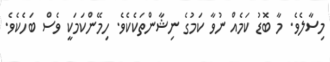
މިސާލެވެ. މާ ބޮޑު ކަމެއް ނުވާ ކަމުގެ ނިޝާންތަކެކެވެ. ހިމޭންކަމަކީ ވެސް ބަހެކެވެ.